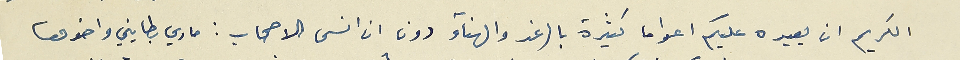
الكريم ان يعيده عليكم اعواما كثيرة بالرغد والهناء دون ان انسى الاصحاب: ماري بطايني واخوها